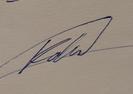
Signature authenticity: genuine